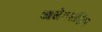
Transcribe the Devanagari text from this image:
आलेक्सांद्रिय